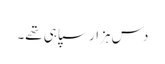
دس ہزار سپاہی تھے۔